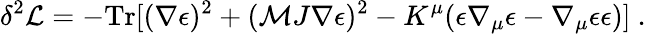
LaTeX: \delta^{2}{\cal L}=-\mathrm{Tr}[(\nabla\epsilon)^{2}+({\cal M}J\nabla\epsilon)^{2}-K^{\mu}(\epsilon\nabla_{\mu}\epsilon-\nabla_{\mu}\epsilon\epsilon)]\ .